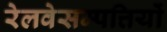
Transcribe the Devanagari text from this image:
रेलवेसम्पत्तियों